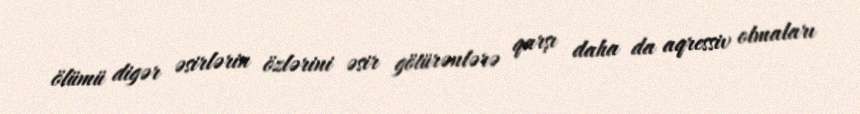
ölümü digər əsirlərin özlərini əsir götürənlərə qarşı daha da aqressiv olmaları